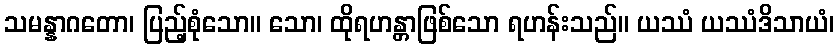
သမန္နာဂတော၊ ပြည့်စုံသော။ သော၊ ထိုရဟန္တာဖြစ်သော ရဟန်းသည်။ ယဿံ ယဿံဒိသာယံ၊